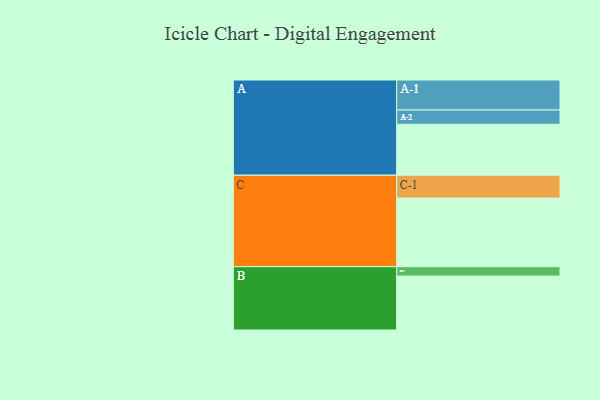
{"axis": {"x": "Segment", "y": "Value"}, "legend": ["", "A", "B", "C"], "data": [{"x": "A", "y": 396, "type": ""}, {"x": "B", "y": 419, "type": ""}, {"x": "C", "y": 534, "type": ""}, {"x": "A-1", "y": 233, "type": "A"}, {"x": "A-2", "y": 111, "type": "A"}, {"x": "B-1", "y": 73, "type": "B"}, {"x": "C-1", "y": 177, "type": "C"}]}